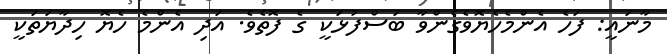
މާނައީ: ފަހެ އެންމެހެޔޮވެގެންވާ ބަސްފުޅަކީ ގެ ފޮތެވެ. އަދި އެންމެ ހެޔޮ ހިދާޔަތަކީ